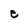
Character: e